Medical and sanitary report of the native army of Bengal for the year
Year: 1874
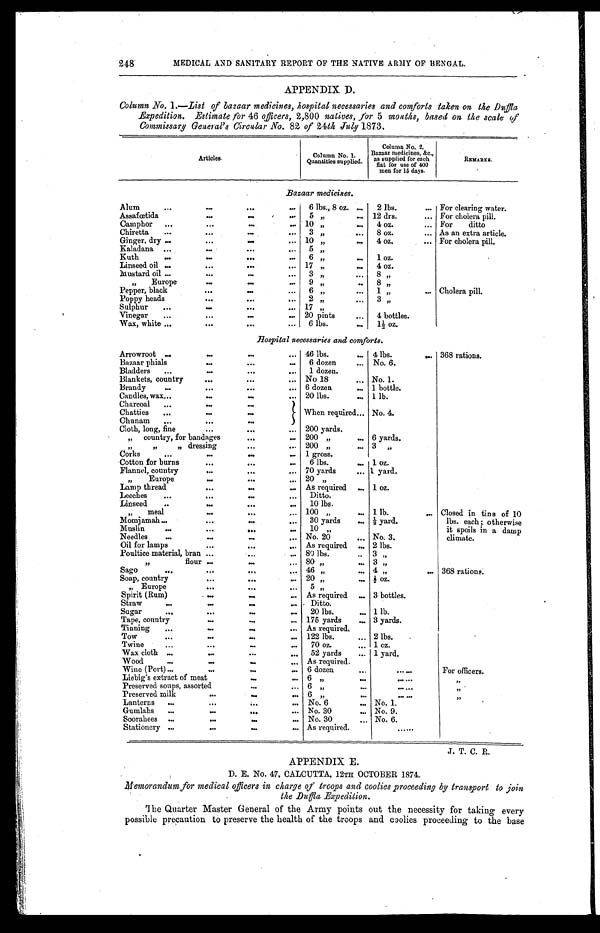
248
MEDICAL AND SANITARY REPORT OF THE NATIVE ARMY OF BENGAL.
APPENDIX D.
Column No. 1.—List of bazaar medicines, hospital necessaries and comforts taken on the Duffla
_Expedition. Estimate for 46 officers, 2,800 natives, for 5 months, based on the scale of
Commissary General's Circular No. 82 of 24th July 1873.
Articles.
Column No. 1.
Quantities supplied.
Column No. 2.
Bazar medicines,&c.,
as suppl i ed f or each f l at f or use of 400 men f or 15 days.
R E M A R K S .
.
Bazaar medicines.
Alum
6 lbs., 8 oz.
2 lbs.
For clearing water.
Assafœtida
5 "
12 drs.
For cholera pill.
Camphor
10 "
4 oz.
For
ditto
Chiretta
3 "
8 oz.
As an extra article.
Ginger, dry
10 "
4 oz.
For cholera pill.
Kaladana
5 "
Kuth
6 "
1 oz.
Linseed oil
17 "
4 oz.
Mustard oil
3 "
8 "
" Europe
9 "
8 "
Pepper, black
6 "
1 "
Cholera pill.
Poppy heads
2 "
3 "
Sulphur
17 "
Vinegar
20 pints
4 bottles.
Wax, white
6 lbs.
1́½ oz.
Hospital necessaries and comforts.
Arrowroot
46 lbs
4 lbs.
368 rations.
Bazaar phials
6 dozen
No. 6.
Bladders
1 dozen
...
Blankets, country
No 18
No. 1.
Brandy
6 dozen
1 bottle.
Candles, wax
20 lbs.
1 lb.
Charcoal
When required No. 4.
Chatties
Chunam
Cloth, long, fine
200 yards.
" country, for bandages
200 "
6 yards.
" " " dressing
200 "
3 "
Corks
1 gross.
Cotton for burns
6 lbs.
1 oz.
Flannel, country
70 yards
1 yard.
" Europe
20 "
Lamp thread
As required
1 oz.
Leeches
Ditto.
Linseed
10 lbs.
" meal
100 "
1 lb.
Closed in tins of 10
lbs. each; otherwise
it spoils in a damp climate.
Momjamah
30 yardś½ yard.
Muslin
1 0 :
Needles
No. 20
No. 3.
Oil for lamps
As required
2 lbs.
Poultice material, bran
80 lbs.
3 "
" flour
80 "
3 "
Sago
46 "
4 "
368 rations
Soap, country
20 "́½ oz.
„ Europe
5 "
Spirit Rum
As required
3 bottles.
Straw
Ditto
Sugar
20 lbs.
1 lb.
Tape, country
175 yards
3 yards.
Tinning
As required.
Tow
122 lbs.
2 lbs.
Twine
70 oz.
1 oz.
Wax cloth
52 yards.
1 yard.
Wood
As required. ......
Wine (Port)
6 dozen
. . . . . .
For officers.
Liebig's extract of meat
6 "......
"„
Preserved soups, assorted
6 "......
"
Preserved milk
6 "
......
"
'
Lanterns
No. 6
No. 1.
Gumlahs
No. 30
No. 9.
Soorahees
No. 30
No. 6.
Stationery
As required.
. . . . . .
J. T. C. R.
APPENDIX E.
D. E. No. 47, CALCUTTA, 12TH OCTOBER 1874.
Memorandum for medical officers in charge of troops and coolies proceeding by transport to join
the Duffla Expedition.
The Quarter Master General of the Army points out the necessity for taking every
possible precaution to preserve the health of the troops and coolies proceeding to the base